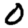
Digit: 0